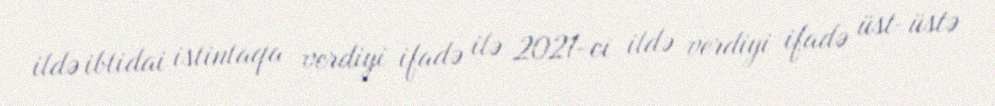
ildə ibtidai istintaqa verdiyi ifadə ilə 2021-ci ildə verdiyi ifadə üst-üstə